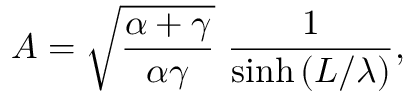
A = \sqrt { \frac { \alpha + \gamma } { \alpha \gamma } } \ \frac { 1 } { \sinh { ( L / \lambda ) } } ,